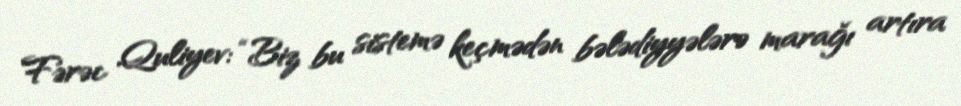
Fərəc Quliyev: “Biz bu sistemə keçmədən bələdiyyələrə marağı artıra